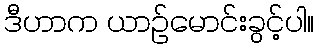
ဒီဟာက ယာဉ်မောင်းခွင့်ပါ။